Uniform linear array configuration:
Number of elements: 24
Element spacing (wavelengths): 1
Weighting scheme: hamming
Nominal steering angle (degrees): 30
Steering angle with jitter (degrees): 29.063
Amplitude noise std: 0.05
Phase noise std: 0.05

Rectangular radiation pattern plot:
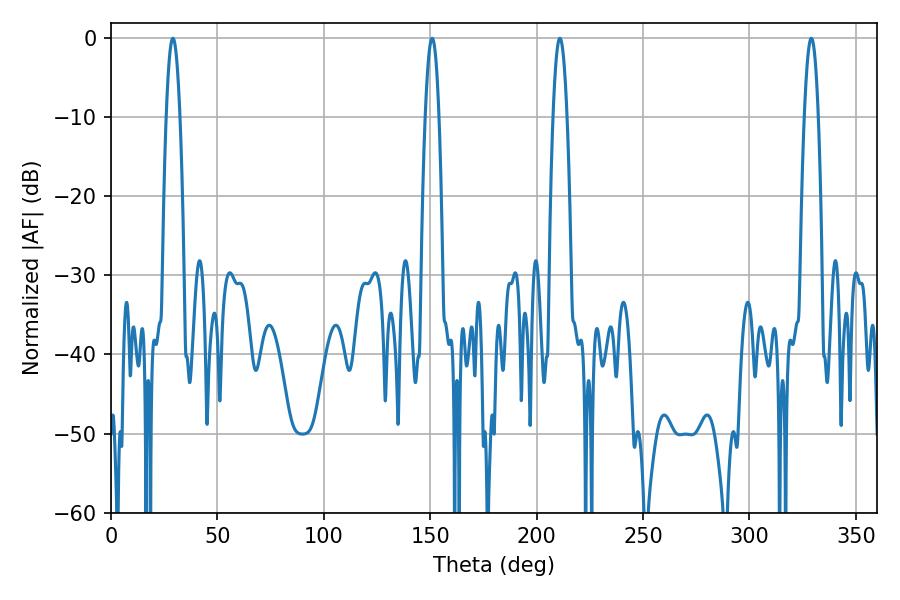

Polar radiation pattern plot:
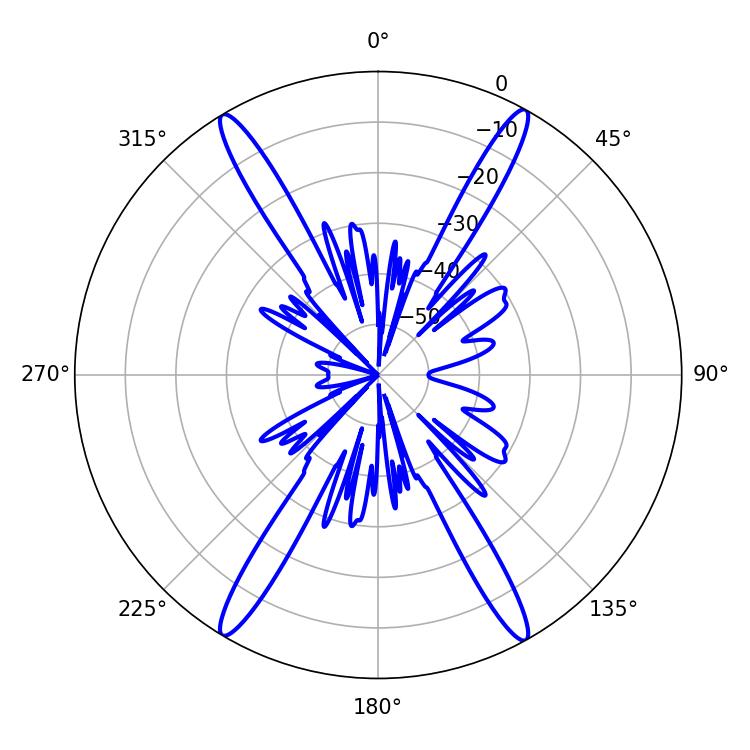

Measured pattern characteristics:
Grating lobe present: TRUE
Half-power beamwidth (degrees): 3.6
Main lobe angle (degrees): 329.04